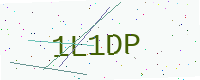
Text: 1L1DP